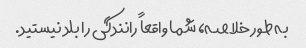
به طور خلاصه، شما واقعاً رانندگی را بلد نیستید.